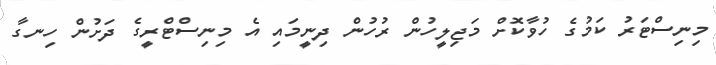
މިނިސްޓަރު ކަމުގެ ހުވާކޮށް މަޖިލީހުން ރުހުން ދިނީމައި އެ މިނިސްޓްރީގެ ދަށުން ހިނގާ